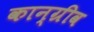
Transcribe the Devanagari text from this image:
कान्ग्रीव